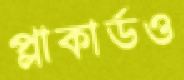
প্লাকার্ডও